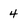
Character: 4